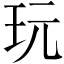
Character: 玩